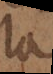
la